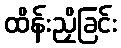
ထိန်းညှိခြင်း